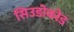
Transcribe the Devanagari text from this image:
सिउडोकोड